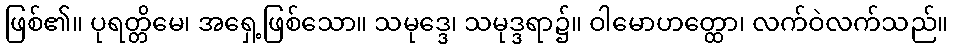
ဖြစ်၏။ ပုရတ္တိမေ၊ အရှေ့ဖြစ်သော။ သမုဒ္ဒေ၊ သမုဒ္ဒရာ၌။ ဝါမောဟတ္ထော၊ လက်ဝဲလက်သည်။